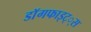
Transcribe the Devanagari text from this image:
डाॅगफाइट््स